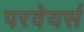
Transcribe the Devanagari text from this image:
परवेयर्स